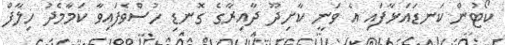
ކޯޓުން ކަނޑައަޅާފައި އެ ވަނީ ކާށިދޫ ދާއިރާގެ ގޮނޑި ހުސްވެފައިވާ ކަމާމެދު ހިލާފް